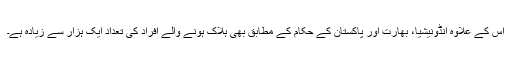
اس کے علاوہ انڈونیشیا، بھارت اور پاکستان کے حکام کے مطابق بھی ہلاک ہونے والے افراد کی تعداد ایک ہزار سے زیادہ ہے۔